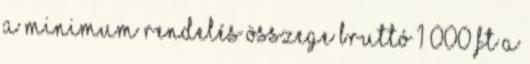
A minimum rendelés összege Bruttó 1 000 Ft A